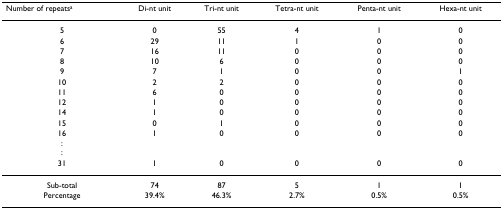
<table><thead><tr><td><b>Number of repeats<sup>a</sup></b></td><td><b>Di-nt unit</b></td><td><b>Tri-nt unit</b></td><td><b>Tetra-nt unit</b></td><td><b>Penta-nt unit</b></td><td><b>Hexa-nt unit</b></td></tr></thead><tbody><tr><td>5</td><td>0</td><td>55</td><td>4</td><td>1</td><td>0</td></tr><tr><td>6</td><td>29</td><td>11</td><td>1</td><td>0</td><td>0</td></tr><tr><td>7</td><td>16</td><td>11</td><td>0</td><td>0</td><td>0</td></tr><tr><td>8</td><td>10</td><td>6</td><td>0</td><td>0</td><td>0</td></tr><tr><td>9</td><td>7</td><td>1</td><td>0</td><td>0</td><td>1</td></tr><tr><td>10</td><td>2</td><td>2</td><td>0</td><td>0</td><td>0</td></tr><tr><td>11</td><td>6</td><td>0</td><td>0</td><td>0</td><td>0</td></tr><tr><td>12</td><td>1</td><td>0</td><td>0</td><td>0</td><td>0</td></tr><tr><td>14</td><td>1</td><td>0</td><td>0</td><td>0</td><td>0</td></tr><tr><td>15</td><td>0</td><td>1</td><td>0</td><td>0</td><td>0</td></tr><tr><td>16</td><td>1</td><td>0</td><td>0</td><td>0</td><td>0</td></tr><tr><td>::</td><td></td><td></td><td></td><td></td><td></td></tr><tr><td>31</td><td>1</td><td>0</td><td>0</td><td>0</td><td>0</td></tr><tr><td>Sub-total</td><td>74</td><td>87</td><td>5</td><td>1</td><td>1</td></tr><tr><td>Percentage</td><td>39.4%</td><td>46.3%</td><td>2.7%</td><td>0.5%</td><td>0.5%</td></tr></tbody></table>